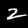
Digit: 2